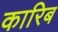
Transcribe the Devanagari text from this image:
कारिब